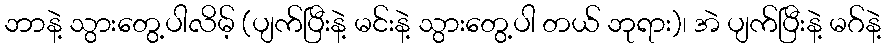
ဘာနဲ့ သွားတွေ့ပါလိမ့် (ပျက်ပြီးနဲ့ မင်းနဲ့ သွားတွေ့ပါ တယ် ဘုရား)၊ အဲ ပျက်ပြီးနဲ့ မဂ်နဲ့